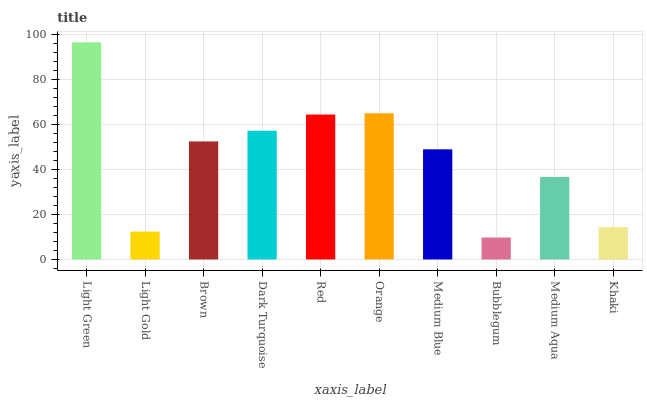
| xaxis_label | bars |
 | --- | --- |
 | Light Green | 96.5 |
 | Light Gold | 12.4 |
 | Brown | 52.5 |
 | Dark Turquoise | 57.2 |
 | Red | 64.4 |
 | Orange | 65 |
 | Medium Blue | 49 |
 | Bubblegum | 9.75 |
 | Medium Aqua | 36.7 |
 | Khaki | 14.4 |